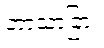
ဘာသာခြား